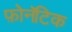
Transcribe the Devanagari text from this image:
फ़ोनॅटिक